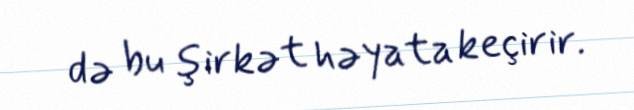
də bu şirkət həyata keçirir.